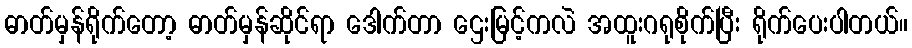
ဓာတ်မှန်ရိုက်တော့ ဓာတ်မှန်ဆိုင်ရာ ဒေါက်တာ ဌေးမြင့်ကလဲ အထူးဂရုစိုက်ပြီး ရိုက်ပေးပါတယ်။